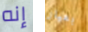
إنه بعيار